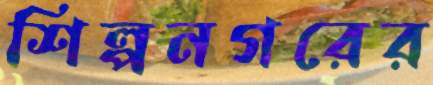
শিল্পনগরের